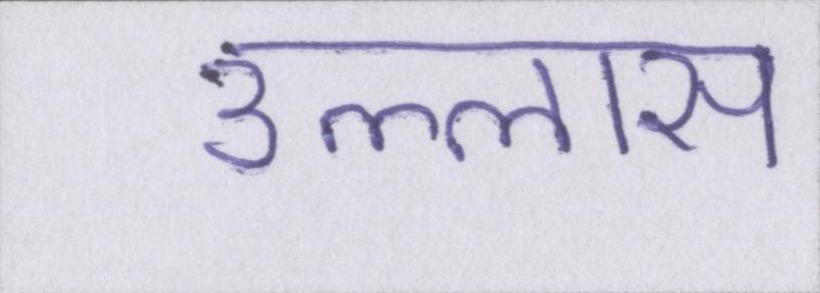
उल्लास